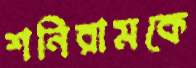
শনিরামকে